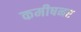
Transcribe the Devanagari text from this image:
कमीषनर